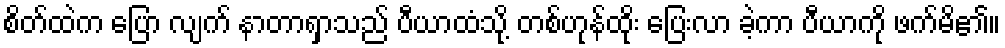
စိတ်ထဲက ပြော လျက် နာတာရှာသည် ပီယာထံသို့ တစ်ဟုန်ထိုး ပြေးလာ ခဲ့ကာ ပီယာကို ဖက်မိ၏။